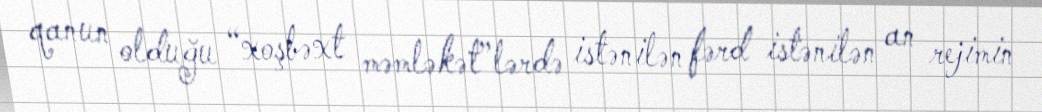
qanun olduğu “xoşbəxt məmləkət”lərdə istənilən fərd istənilən an rejimin